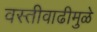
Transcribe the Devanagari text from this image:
वस्तीवाढीमुळे